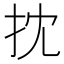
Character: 抌